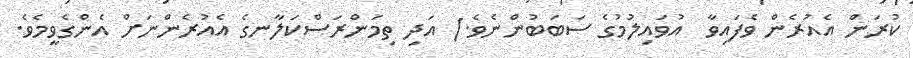
ކުރަން އެއުރެން ވެފައިވާ  އުވައިލުމުގެ ސަބަބުންނެވެ.) އަދި ތިމަންރަސްކަލާނގެ އެއުރެންނަށް އެންގެވީމެވެ.